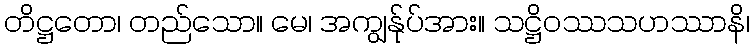
တိဋ္ဌတော၊ တည်သော။ မေ၊ အကျွန်ုပ်အား။ သဋ္ဌိဝဿသဟဿာနိ၊